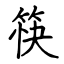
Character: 筷